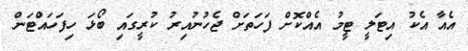
އެއާ އެކު އިޓަލީ ޓީމު އެއްކޮށް ފަހަތަށް ޖެހުނުއިރު ކުރީގައި ބޯޅަ ހިފަހައްޓަން